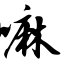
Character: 嘛